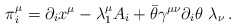
\begin{align*}\pi _i^\mu =\partial _ix^\mu -\lambda _1^\mu A_i+\bar{\theta}\gamma ^{\mu\nu }\partial _i\theta \,\,\lambda _\nu \,. \end{align*}